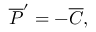
{ \overline { { { \cal P } } } } ^ { \prime } = - \overline { { C } } ,